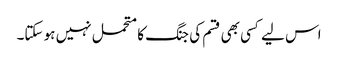
اس لیے کسی بھی قسم کی جنگ کا متحمل نہیں ہو سکتا۔